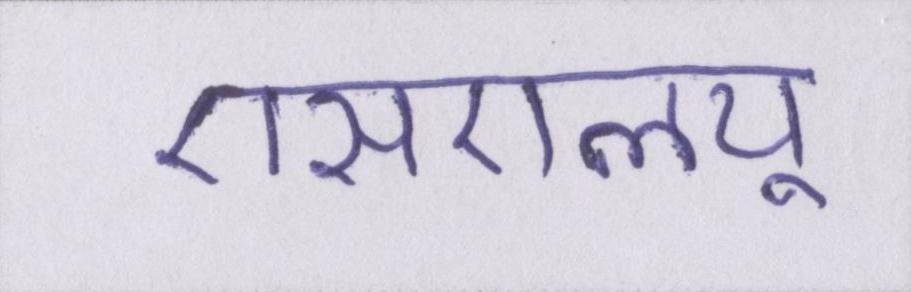
एसएलयू